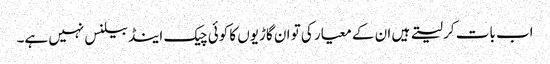
اب بات کر لیتے ہیں ان کے معیار کی تو ان گاڑیوں کا کوئی چیک اینڈ بیلنس نہیں ہے۔